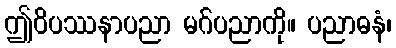
ဤဝိပဿနာပညာ မဂ်ပညာကို။ ပညာဓနံ၊